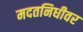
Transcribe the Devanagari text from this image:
मदतनिधीवर